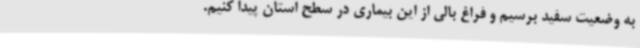
به وضعیت سفید برسیم و فراغ بالی از این بیماری در سطح استان پیدا کنیم.